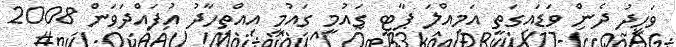
ވަހީދު ދެން ވަޑައިގަތީ އަމިއްލަ ޕާޓީ ގައުމީ ގައުމީ އިއްތިހާދު އުފައްދަވަން 2008